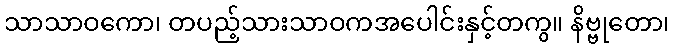
သာသာဝကော၊ တပည့်သားသာဝကအပေါင်းနှင့်တကွ။ နိဗ္ဗုတော၊